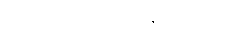
တက္ကသိုလ်ဝင်တန်းစာမေးပွဲ